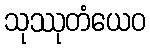
သုဿုတံယေဝ